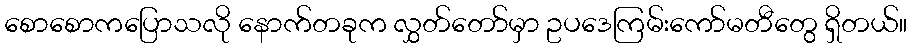
စောစောကပြောသလို နောက်တခုက လွှတ်တော်မှာ ဥပဒေကြမ်းကော်မတီတွေ ရှိတယ်။